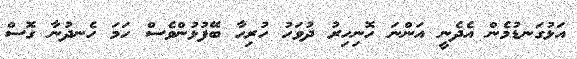
އަޅުގަނޑުމެން އެދެނީ އަންނަ ހޮނިހިރު ދުވަހު ހުރިހާ ބޭފުޅުންވެސް ހަމަ ހެނދުނާ ގޮސް